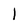
Character: 1